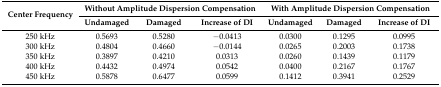
| <ROWSPAN=2> Center Frequency | <COLSPAN=3> Without Amplitude Dispersion Compensation | <COLSPAN=3> With Amplitude Dispersion Compensation |
 | Undamaged | Damaged | Increase of DI | Undamaged | Damaged | Increase of DI |
 | --- | --- | --- | --- | --- | --- | --- |
 | 250 kHz | 0.5693 | 0.5280 | −0.0413 | 0.0300 | 0.1295 | 0.0995 |
 | 300 kHz | 0.4804 | 0.4660 | −0.0144 | 0.0265 | 0.2003 | 0.1738 |
 | 350 kHz | 0.3897 | 0.4210 | 0.0313 | 0.0260 | 0.1439 | 0.1179 |
 | 400 kHz | 0.4432 | 0.4974 | 0.0542 | 0.0400 | 0.2167 | 0.1767 |
 | 450 kHz | 0.5878 | 0.6477 | 0.0599 | 0.1412 | 0.3941 | 0.2529 |